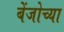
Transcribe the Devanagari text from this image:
बेंजोच्या